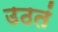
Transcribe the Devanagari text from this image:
उठतं